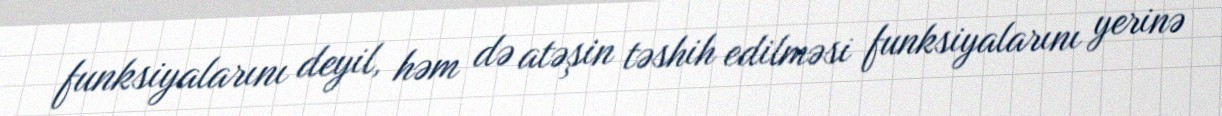
funksiyalarını deyil, həm də atəşin təshih edilməsi funksiyalarını yerinə